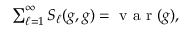
\begin{array} { r } { \sum _ { \ell = 1 } ^ { \infty } S _ { \ell } ( g , g ) = \mathrm { ~ v ~ a ~ r ~ } ( g ) , } \end{array}